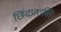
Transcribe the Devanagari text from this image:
छिंदप्रशस्ति